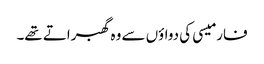
فارمیسی کی دواؤں سے وہ گھبراتے تھے۔